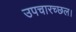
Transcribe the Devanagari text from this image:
उपचारच्छल।